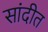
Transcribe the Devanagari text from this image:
सांदीत